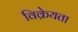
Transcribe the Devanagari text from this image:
विक्रेयता